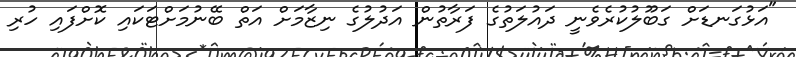
"އަޅުގަނޑަށް ގަބޫލުކުރެވެނީ ދައުލަތުގެ ފަރާތުން އަދުލުގެ ނިޒާމަށް އަތް ބޭނުމަށްޓަކައި ކޮށްފައި ހުރި